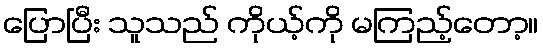
ပြောပြီး သူသည် ကိုယ့်ကို မကြည့်တော့။